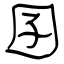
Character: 囝